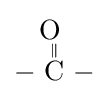
{{-}{\overset {\displaystyle \mathrm {O} ~ \atop \|}{\mathrm {C} }}{-}}